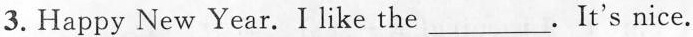
3. Happy New Year. I like the ___It's nice.